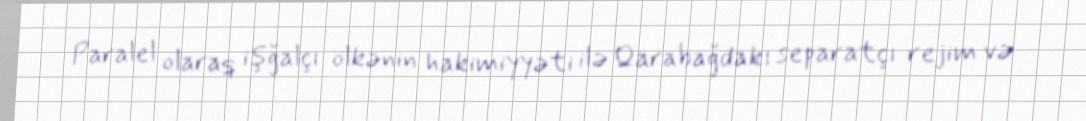
Paralel olaraq işğalçı ölkənin hakimiyyəti ilə Qarabağdakı separatçı rejim və